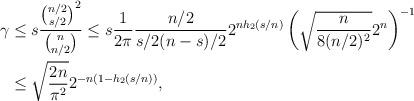
LaTeX: \begin{align*} \gamma &\le s \frac{ \binom{n/2}{s/2}^2}{\binom{n}{n/2}} \le s \frac{1}{2\pi} \frac{n/2}{s/2 (n-s)/2} 2^{n h_2(s/n) } \left( \sqrt{\frac{n}{8 (n/2)^2}} 2^n \right)^{-1} \\ &\le \sqrt{\frac{2n}{\pi^2} } 2^{- n( 1- h_2(s/n) )},\end{align*}